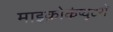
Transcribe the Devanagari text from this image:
माइक्रोकंप्यूटरों